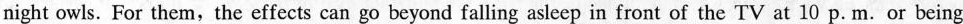
night owls. For them, the effects can go beyond falling asleep in front of the TV at 10 p. m. or being